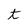
Character: t